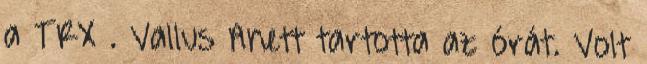
a TRX . Vallus Anett tartotta az órát. Volt